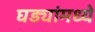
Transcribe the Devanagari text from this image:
घड्यांमध्ये